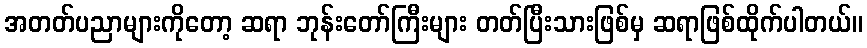
အတတ်ပညာများကိုတော့ ဆရာ ဘုန်းတော်ကြီးများ တတ်ပြီးသားဖြစ်မှ ဆရာဖြစ်ထိုက်ပါတယ်။